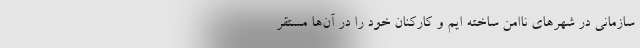
سازمانی در شهر‌های ناامن ساخته ایم و کارکنان خود را در آن‌ها مستقر